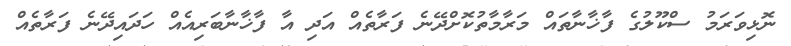
ނޮޅިވަރަމު ސްކޫލުގެ ފާޚާނާތައް މަރާމާތުކޮށްދޭނެ ފަރާތެއް އަދި އާ ފާޚާނާބަރިއެއް ހަދައިދޭނެ ފަރާތެއް